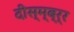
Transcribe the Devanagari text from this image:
दीस्म्ब्र्‍र